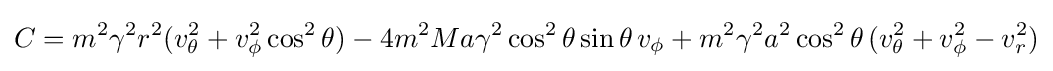
C=m^{2}\gamma ^{2}r^{2}(v_{\theta }^{2}+v_{\phi }^{2}\cos ^{2}\theta )-4m^{2}Ma\gamma ^{2}\cos ^{2}\theta \sin \theta \,v_{\phi }+m^{2}\gamma ^{2}a^{2}\cos ^{2}\theta \,(v_{\theta }^{2}+v_{\phi }^{2}-v_{r}^{2})